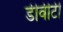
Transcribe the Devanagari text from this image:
डीवीटी